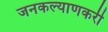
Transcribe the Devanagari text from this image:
जनकल्याणकरी